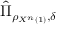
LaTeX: { \hat { \Pi } } _ { \rho _ { X ^ { n } \left( 1 \right) } , \delta }